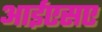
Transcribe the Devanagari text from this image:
आईएसए